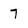
Character: 7